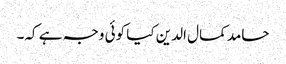
حامد کمال الدین کیا کوئی وجہ ہے کہ۔